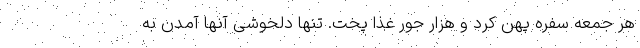
هر جمعه سفره پهن کرد و هزار جور غذا پخت. تنها دلخوشی آنها آمدن به